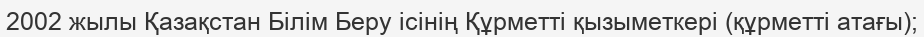
2002 жылы Қазақстан Білім Беру ісінің Құрметті қызыметкері (құрметті атағы);